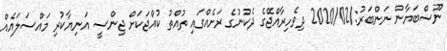
ނޫސްބަޔާން ނަންބަރު:/2020/02 ދިވެހިރާއްޖޭގެ ދެކުނުގެ ރަށެއްގައި ތުއްތު ކުއްޖަކަށް ޖިންސީ އަނިޔާކުރި މައްސަލައެއް